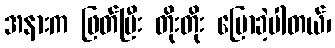
အနားက ဖြတ်ပြီး တိုးတိုး ပြောခဲ့ပါတယ်၊